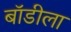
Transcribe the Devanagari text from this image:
बॉडीला